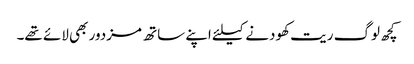
کچھ لوگ ریت کھودنے کیلئے اپنے ساتھ مزدور بھی لائے تھے۔